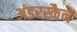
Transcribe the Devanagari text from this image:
अंडरस्कैन